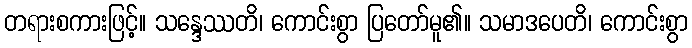
တရားစကားဖြင့်။ သန္ဒေဿတိ၊ ကောင်းစွာ ပြတော်မူ၏။ သမာဒပေတိ၊ ကောင်းစွာ